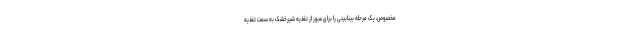
مخصوص، یک مرحله بینابینی را برای عبور از تغذیه شیرخشک به سمت تغذیه